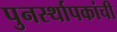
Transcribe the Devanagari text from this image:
पुनर्स्थापकांची